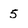
Character: 5